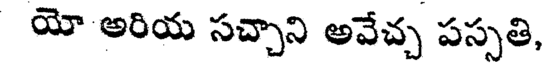
యో అరియ సచ్చాని అవేచ్చ పస్సతి,